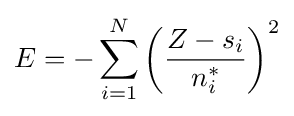
E=-\sum _{i=1}^{N}\left({\frac {Z-s_{i}}{n_{i}^{*}}}\right)^{2}